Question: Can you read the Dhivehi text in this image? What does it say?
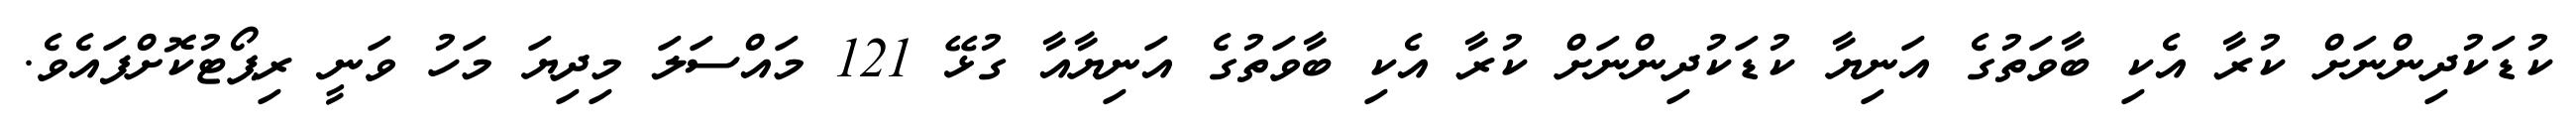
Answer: ކުޑަކުދިންނަށް ކުރާ އެކި ބާވަތުގެ އަނިޔާ ކުޑަކުދިންނަށް ކުރާ އެކި ބާވަތުގެ އަނިޔާއާ ގުޅޭ 121 މައްސަލަ މިދިޔަ މަހު ވަނީ ރިޕޯޓުކޮށްފައެވެ.